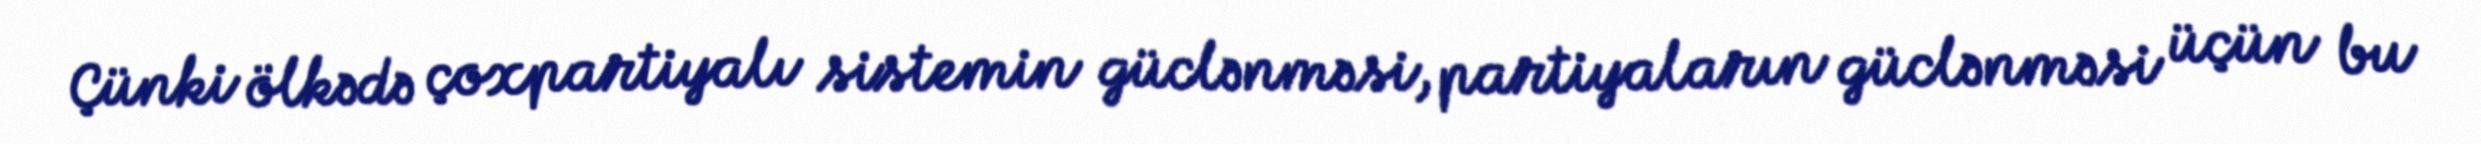
Çünki ölkədə çoxpartiyalı sistemin güclənməsi, partiyaların güclənməsi üçün bu